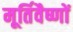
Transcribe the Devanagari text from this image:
मूर्तिवैष्णों